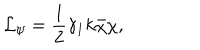
LaTeX: { \cal L } _ { \psi } = \frac { 1 } { 2 } \gamma _ { 1 } k \bar { \chi } \chi ,